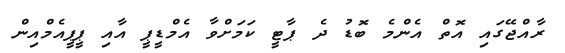
ރާއްޖޭގައި އޮތް އެންމެ ބޮޑު ދެ ޕާޓީ ކަމަށްވާ އެމްޑީޕީ އާއި ޕީޕީއެމްއިން